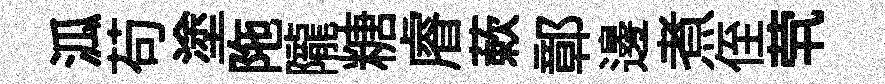
泒苟塗陁隴糖𥈠蔌鄣邊煮侄茕